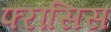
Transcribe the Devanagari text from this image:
फ्ऱांसिस